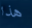
هذا